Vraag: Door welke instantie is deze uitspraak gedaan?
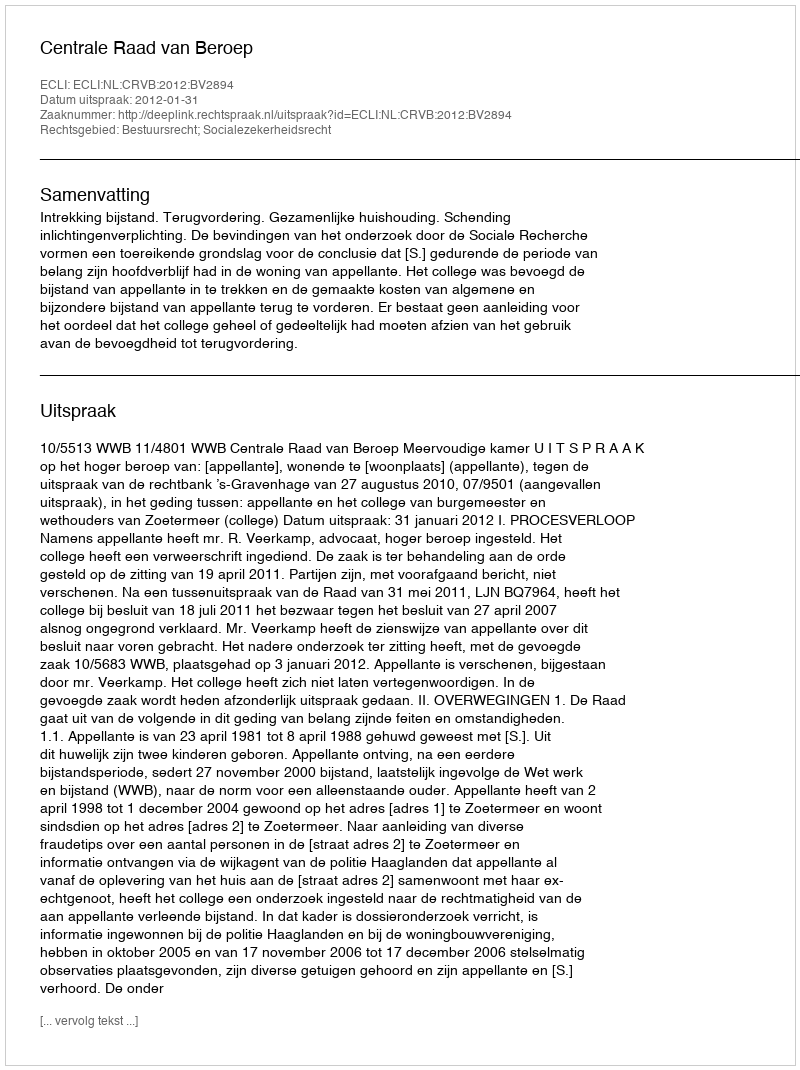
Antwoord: Centrale Raad van Beroep